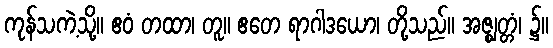
ကုန်သကဲ့သို့။ ဧဝံ တထာ၊ တူ။ ဧတေ ရာဂါဒယော၊ တို့သည်။ အဇ္ဈတ္တံ၊ ၌။